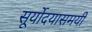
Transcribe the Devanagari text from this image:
सूर्योदयासमयी